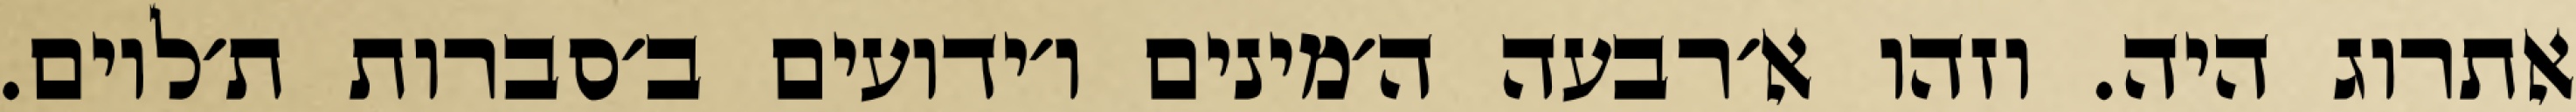
אתרוג היה. וזהו א׳רבעה ה׳מינים ו׳ידועים ב׳סברות ת׳לוים.